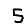
Digit: 5